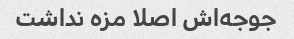
جوجه‌اش اصلا مزه نداشت